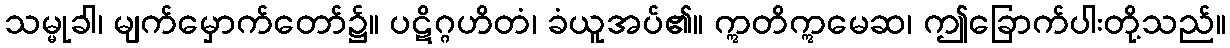
သမ္မုခါ၊ မျက်မှောက်တော်၌။ ပဋိဂ္ဂဟိတံ၊ ခံယူအပ်၏။ ဣတိဣမေဆ၊ ဤခြောက်ပါးတို့သည်။